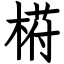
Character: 﨓